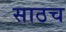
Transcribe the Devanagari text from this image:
साठच